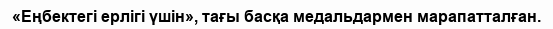
«Еңбектегі ерлігі үшін», тағы басқа медальдармен марапатталған.